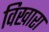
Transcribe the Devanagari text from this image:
विखारा